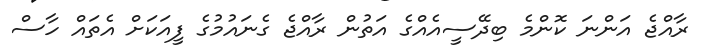
ރާއްޖެ އަންނަ ކޮންމެ ބިދޭސީއެއްގެ އަތުން ރާއްޖެ ގެނައުމުގެ ފީއަކަށް އެތައް ހާސް